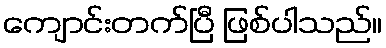
ကျောင်းတက်ပြီ ဖြစ်ပါသည်။